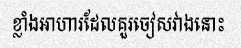
ខ្លាំងអាហារដែលគួរចៀសវាងនោះ